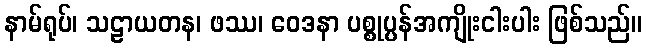
နာမ်ရုပ်၊ သဠာယတန၊ ဖဿ၊ ဝေဒနာ ပစ္စုပ္ပန်အကျိုးငါးပါး ဖြစ်သည်။